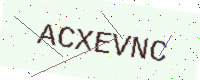
Text: ACXEVNC